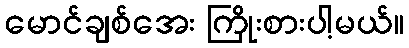
မောင်ချစ်အေး ကြိုးစားပါ့မယ်။